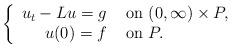
LaTeX: \begin{align*}\left\{\begin{array}{rl}u_t-Lu= g & \hbox{ on } (0,\infty)\times P,\\ u(0) = f & \hbox{ on } P. \end{array} \right.\end{align*}